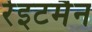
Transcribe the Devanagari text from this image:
रेइटमैन